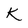
Character: K